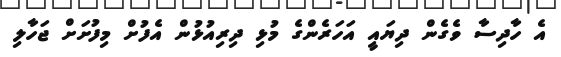
އެ ހާދިސާ ވެގެން ދިޔައީ އަހަރެންގެ މުޅި ދިރިއުޅުން އެފުށް މިފުށަށް ޖަހާލި